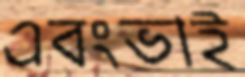
এবংভাই